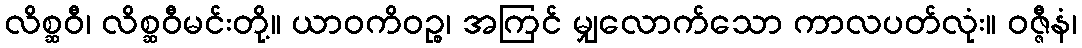
လိစ္ဆဝီ၊ လိစ္ဆဝီမင်းတို့။ ယာဝကိဝဉ္စ၊ အကြင် မျှလောက်သော ကာလပတ်လုံး။ ဝဇ္ဇီနံ၊